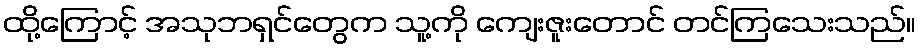
ထို့ကြောင့် အသုဘရှင်တွေက သူ့ကို ကျေးဇူးတောင် တင်ကြသေးသည်။